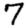
Digit: 7